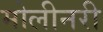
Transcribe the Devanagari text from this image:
मोलीनरी